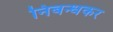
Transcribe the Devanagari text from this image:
निबन्धकर